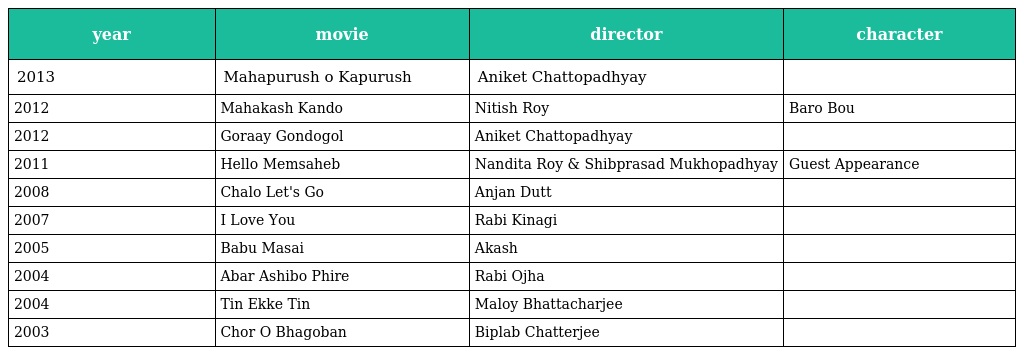
| year | movie | director | character |
 | --- | --- | --- | --- |
 | 2013 | Mahapurush o Kapurush | Aniket Chattopadhyay |  |
 | 2012 | Mahakash Kando | Nitish Roy | Baro Bou |
 | 2012 | Goraay Gondogol | Aniket Chattopadhyay |  |
 | 2011 | Hello Memsaheb | Nandita Roy & Shibprasad Mukhopadhyay | Guest Appearance |
 | 2008 | Chalo Let's Go | Anjan Dutt |  |
 | 2007 | I Love You | Rabi Kinagi |  |
 | 2005 | Babu Masai | Akash |  |
 | 2004 | Abar Ashibo Phire | Rabi Ojha |  |
 | 2004 | Tin Ekke Tin | Maloy Bhattacharjee |  |
 | 2003 | Chor O Bhagoban | Biplab Chatterjee |  |